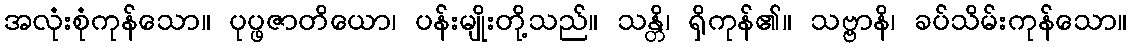
အလုံးစုံကုန်သော။ ပုပ္ဖဇာတိယော၊ ပန်းမျိုးတို့သည်။ သန္တိ၊ ရှိကုန်၏။ သဗ္ဗာနိ၊ ခပ်သိမ်းကုန်သော။